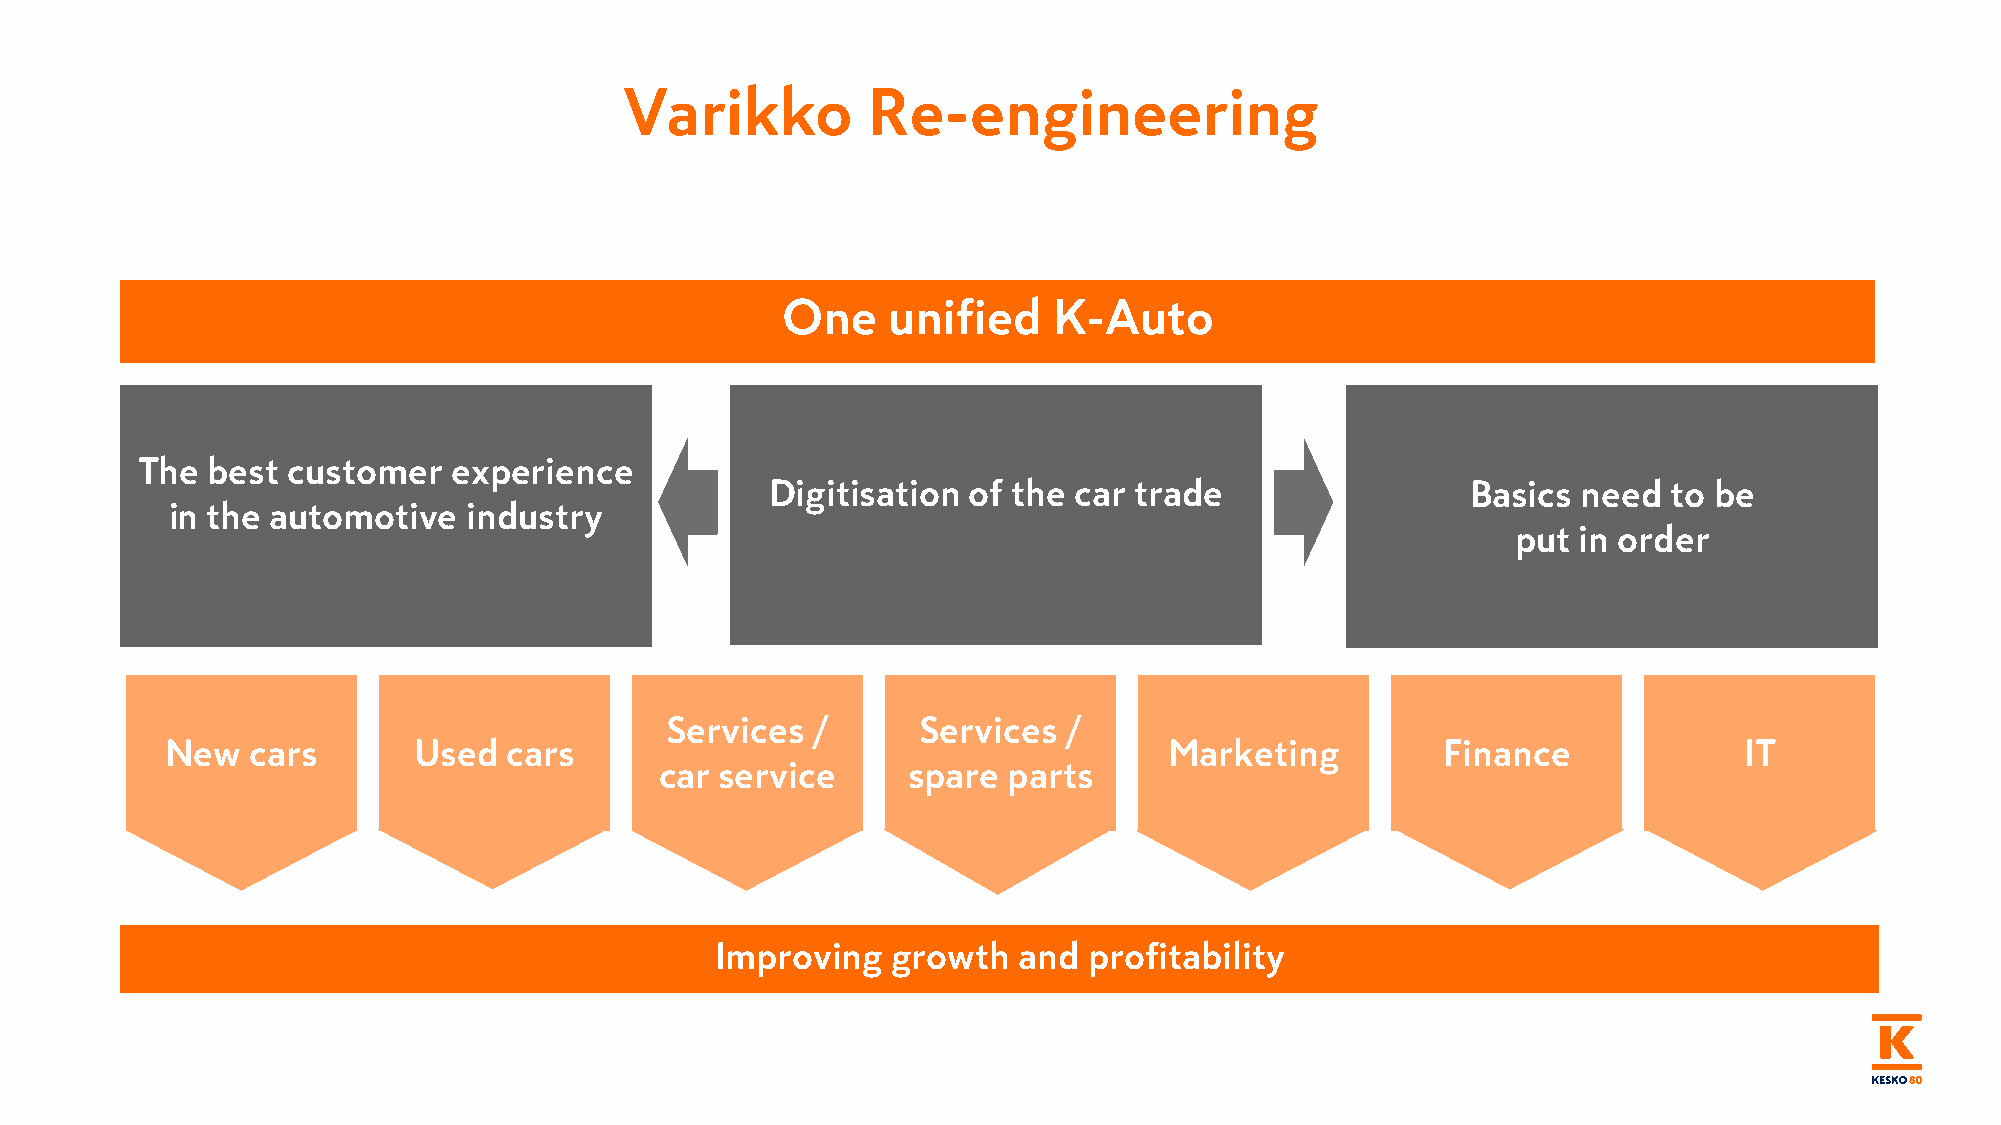
Varikko         Re-engineering
 One    unified    K-Auto
 The  best customer   experience
 Digitisation of the car trade                 Basics  need  to be
 in the automotive   industry
 put  in order
 Services  /      Services /
 New  cars       Used   cars                                       Marketing         Finance             IT
 car service     spare  parts
 Improving   growth  and  profitability